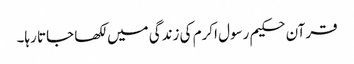
قرآن حکیم رسول اکرم کی زندگی میں لکھا جاتا رہا۔